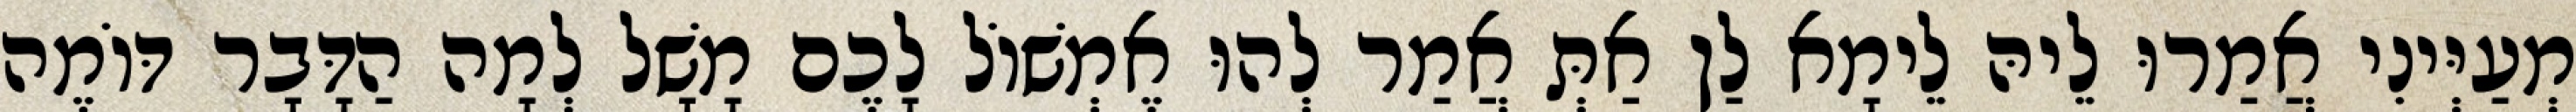
מְעַיְּינִי אֲמַרוּ לֵיהּ לֵימָא לַן אַתְּ אֲמַר לְהוּ אֶמְשׁוֹל לָכֶם מָשָׁל לְמָה הַדָּבָר דּוֹמֶה